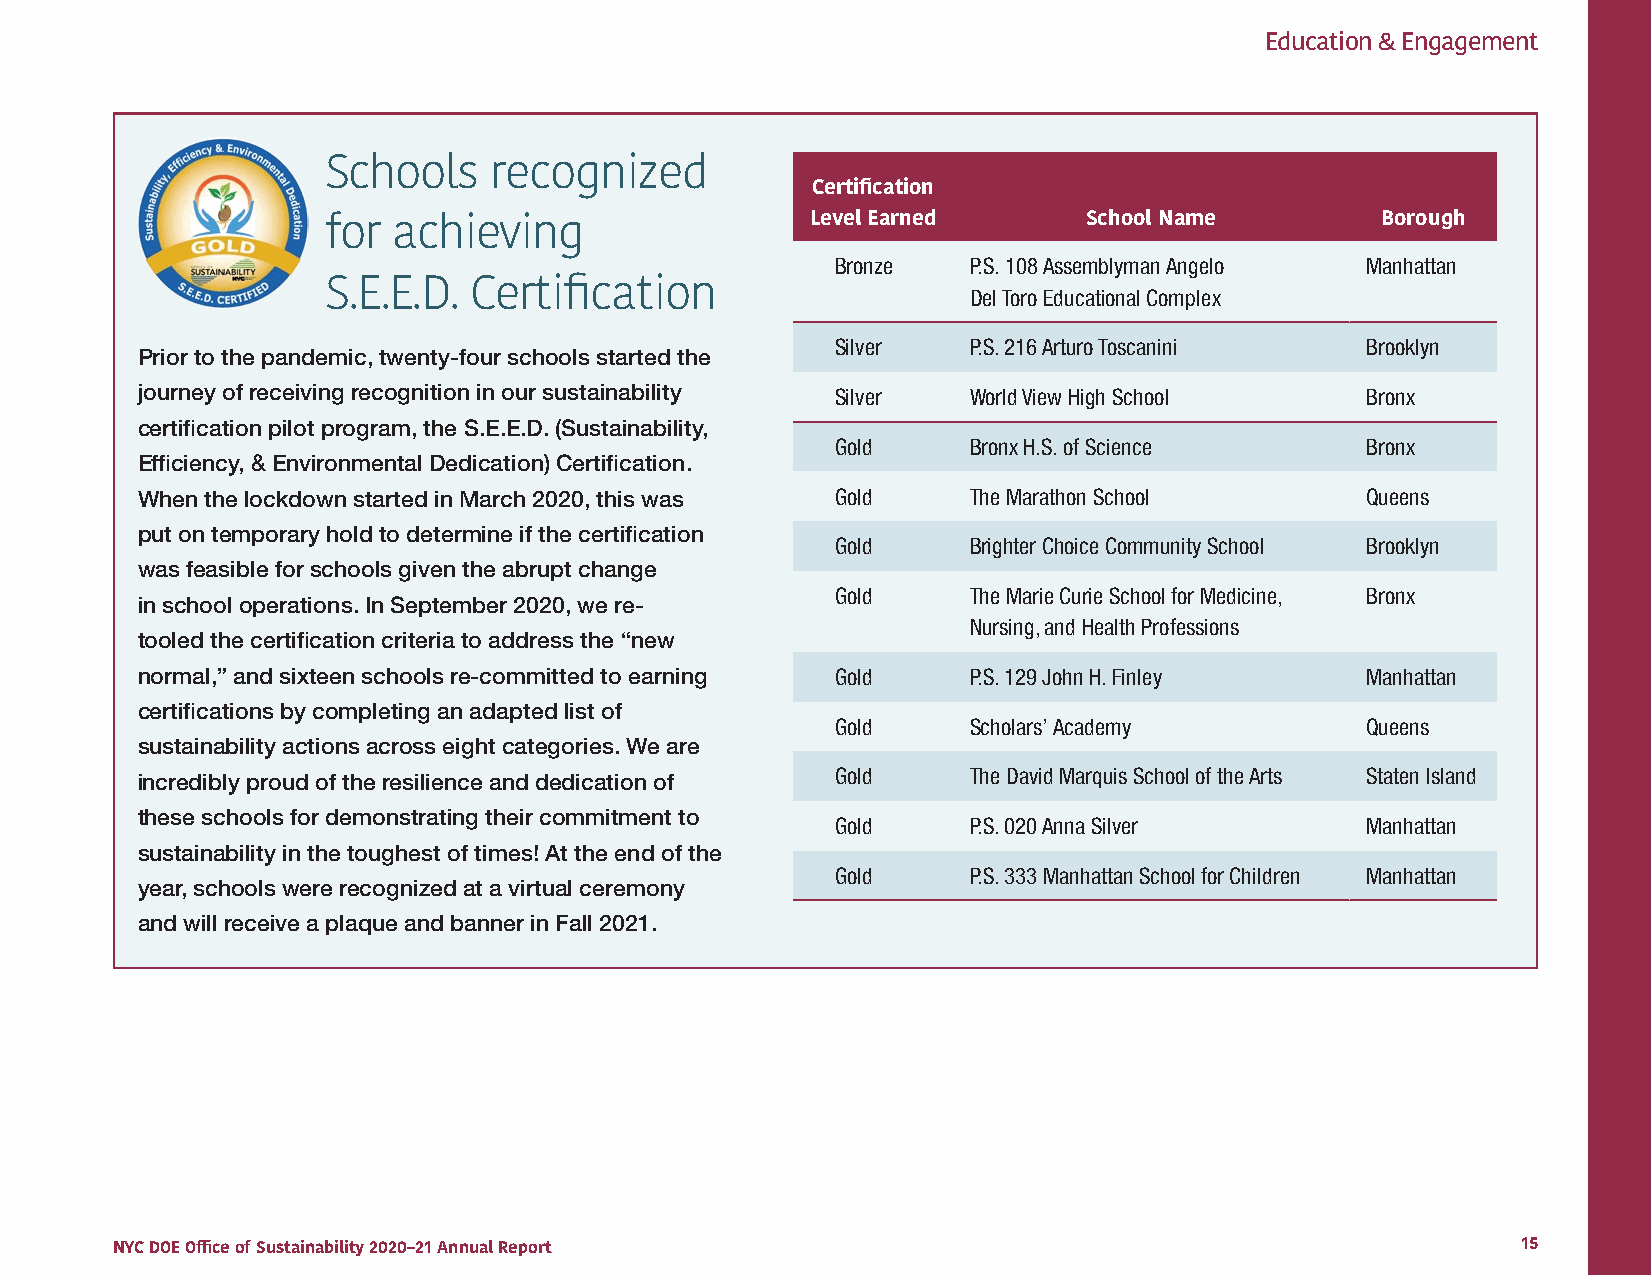
Education & Engagement
 Schools   recognized
 Certification
 Level Earned      School Name        Borough
 for achieving
 Bronze   P.S. 108 Assemblyman Angelo Manhattan
 S.E.E.D. Certification                    Del Toro Educational Complex
 Silver   P.S. 216 Arturo Toscanini Brooklyn
 Prior to the pandemic, twenty-four schools started the
 journey of receiving recognition in our sustainability Silver World View High School Bronx
 certification pilot program, the S.E.E.D. (Sustainability,
 Gold     Bronx H.S. of Science     Bronx
 Efficiency, & Environmental Dedication) Certification.
 When the lockdown started in March 2020, this was Gold The Marathon School       Queens
 put on temporary hold to determine if the certification
 Gold     Brighter Choice Community School Brooklyn
 was feasible for schools given the abrupt change
 Gold     The Marie Curie School for Medicine, Bronx
 in school operations. In September 2020, we re-
 Nursing, and Health Professions
 tooled the certification criteria to address the “new
 normal,” and sixteen schools re-committed to earning Gold P.S. 129 John H. Finley Manhattan
 certifications by completing an adapted list of
 Gold     Scholars’ Academy         Queens
 sustainability actions across eight categories. We are
 incredibly proud of the resilience and dedication of Gold The David Marquis School of the Arts Staten Island
 these schools for demonstrating their commitment to
 Gold     P.S. 020 Anna Silver      Manhattan
 sustainability in the toughest of times! At the end of the
 Gold     P.S. 333 Manhattan School for Children Manhattan
 year, schools were recognized at a virtual ceremony
 and will receive a plaque and banner in Fall 2021.
 NYC DOE Office of Sustainability 2020–21 Annual Report                                        15